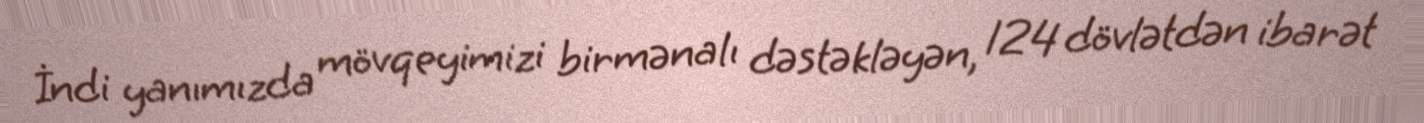
İndi yanımızda mövqeyimizi birmənalı dəstəkləyən, 124 dövlətdən ibarət